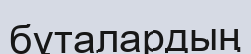
бұталардың